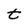
Character: t